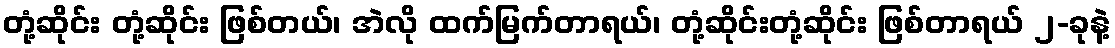
တုံ့ဆိုင်း တုံ့ဆိုင်း ဖြစ်တယ်၊ အဲလို ထက်မြက်တာရယ်၊ တုံ့ဆိုင်းတုံ့ဆိုင်း ဖြစ်တာရယ် ၂-ခုနဲ့